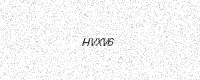
Text: HVXV6